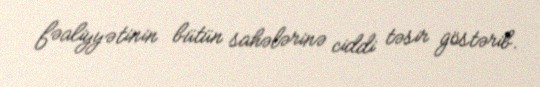
fəaliyyətinin bütün sahələrinə ciddi təsir göstərib.